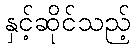
နှင့်ဆိုင်သည့်